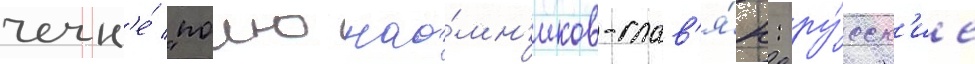
чечн'е́ "полно нао́мн'иков-слав'я́н: ру́сск'ие